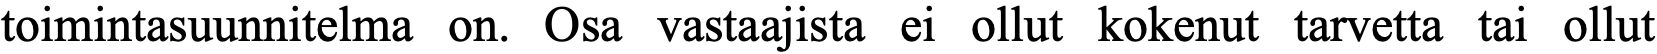
toimintasuunnitelma on. Osa vastaajista ei ollut kokenut tarvetta tai ollut